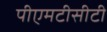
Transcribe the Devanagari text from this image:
पीएमटीसीटी